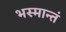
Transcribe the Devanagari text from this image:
भस्मान्तं